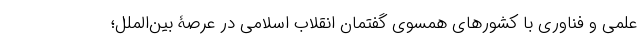
علمی و فناوری با کشورهای همسوی گفتمان انقلاب اسلامی در عرصۀ بین‌الملل؛